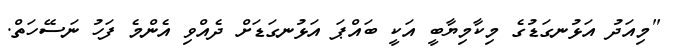
"މިއަދު އަޅުނގަޑުގެ މިކާމިޔާބީ އަކީ ބައްޕަ އަޅުނގަޑަށް ދެއްވި އެންމެ ފަހު ނަސޭހަތް.